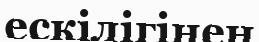
ескілігінен